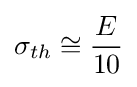
\sigma _{th}\cong {\frac {E}{10}}